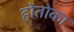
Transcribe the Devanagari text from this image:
होतोका